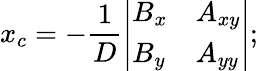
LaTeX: x_{c}=-{\frac{1}{D}}{\left|\begin{array}{ll}{B_{x}}&{A_{xy}}\\ {B_{y}}&{A_{yy}}\end{array}\right|};